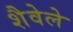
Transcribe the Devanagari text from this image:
शैवेले